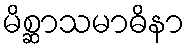
မိစ္ဆာသမာဓိနာ